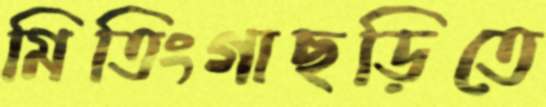
মিতিংগাছড়িতে